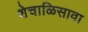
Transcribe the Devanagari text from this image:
शेचाळिसावा